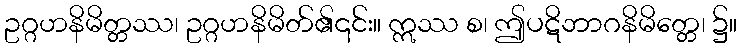
ဥဂ္ဂဟနိမိတ္တဿ၊ ဥဂ္ဂဟနိမိတ်၏၎င်း။ ဣဿ စ၊ ဤပဋိဘာဂနိမိတ္တေ၊ ၌။